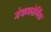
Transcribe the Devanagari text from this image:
मेककोर्मिक